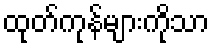
ထုတ်ကုန်များကိုသာ